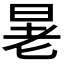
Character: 𪰚